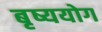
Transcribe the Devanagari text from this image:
बृष्ययोग